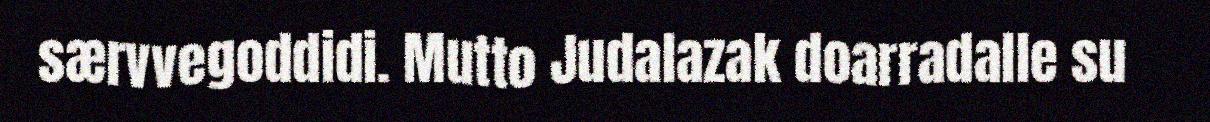
særvvegoddidi. Mutto Judalazak doarradalle su